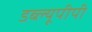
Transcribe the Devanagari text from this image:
डब्ल्यूपीपी